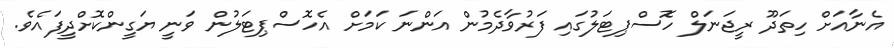
އެނާއަށް ހިތަދޫ ރީޖަނަލް ހޮސްޕިޓަލުގައި ފަރުވާދެމުން އަންނަ ކަމަށް އެހޮސްޕިޓަލުން ވަނީ ޔަގީންކޮށްދީފައެވެ.